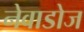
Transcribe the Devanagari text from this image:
नेवाडोज